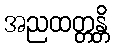
အညထတ္တန္တိ